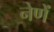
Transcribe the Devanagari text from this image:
नेणें